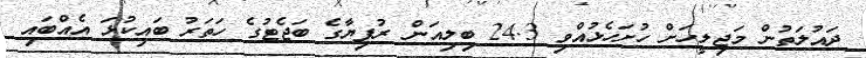
ދައުލަތުން މަޖިލީހަށް ހުށަހެޅުއްވި 24.3 ބިލިއަން ރުފިޔާގެ ބަޖެޓުގެ ހަތަރު ބައިކުޅަ އެއްބައި